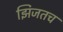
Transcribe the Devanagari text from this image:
झिजतच